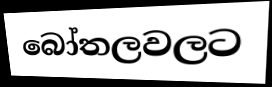
බෝතලවලට